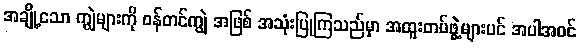
အချို့သော ကျွဲများကို ဝန်တင်ကျွဲ အဖြစ် အသုံးပြုကြသည်မှာ အထူးတပ်ဖွဲ့များပင် အပါအဝင်